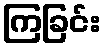
ကြခြင်း